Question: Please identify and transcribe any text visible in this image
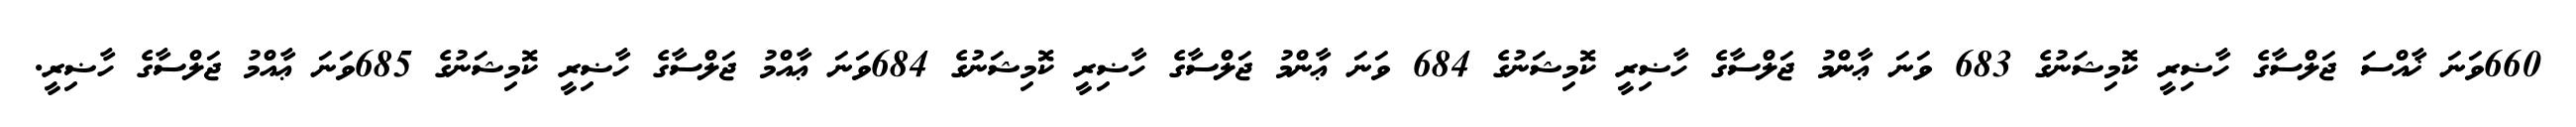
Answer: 660ވަނަ ޚާއްސަ ޖަލްސާގެ ހާޟިރީ ކޮމިޝަނުގެ 683 ވަނަ ޢާންމު ޖަލްސާގެ ހާޟިރީ ކޮމިޝަނުގެ 684 ވަނަ ޢާންމު ޖަލްސާގެ ހާޟިރީ ކޮމިޝަނުގެ 684ވަނަ ޢާއްމު ޖަލްސާގެ ހާޟިރީ ކޮމިޝަނުގެ 685ވަނަ ޢާއްމު ޖަލްސާގެ ހާޟިރީ.